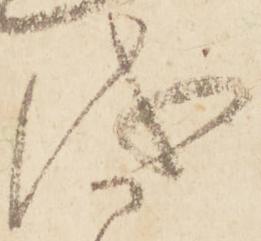
儀